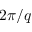
2 \pi / q